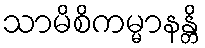
သာမိစိကမ္မာနန္တိ